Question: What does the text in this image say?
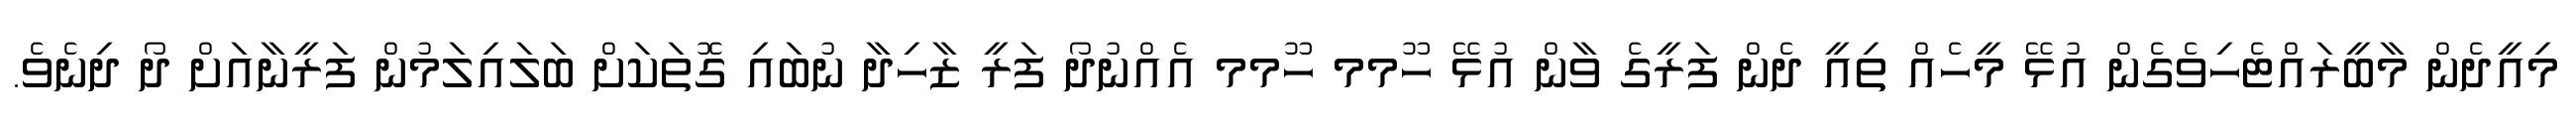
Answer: މިއީދެން މާބީރައްޓެހިވެގެން އުޅޭ މީހެއް ތިއީ ދެން ފަރީގެ ވާން އުޅޭ ހޫމމ ހޫމމ އެއްނުދޯ ފަރީ ޒާހިދާ ނުބައި ގޮތަކަށް ބަލައިލަމުން ފަރީނާއަށް ދޯ ދިނެވެ.